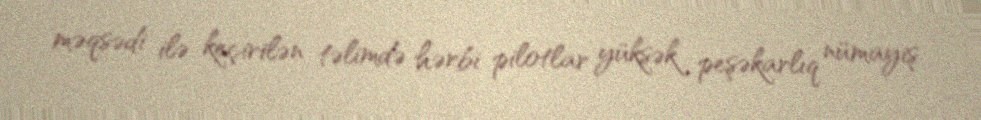
məqsədi ilə keçirilən təlimdə hərbi pilotlar yüksək peşəkarlıq nümayiş